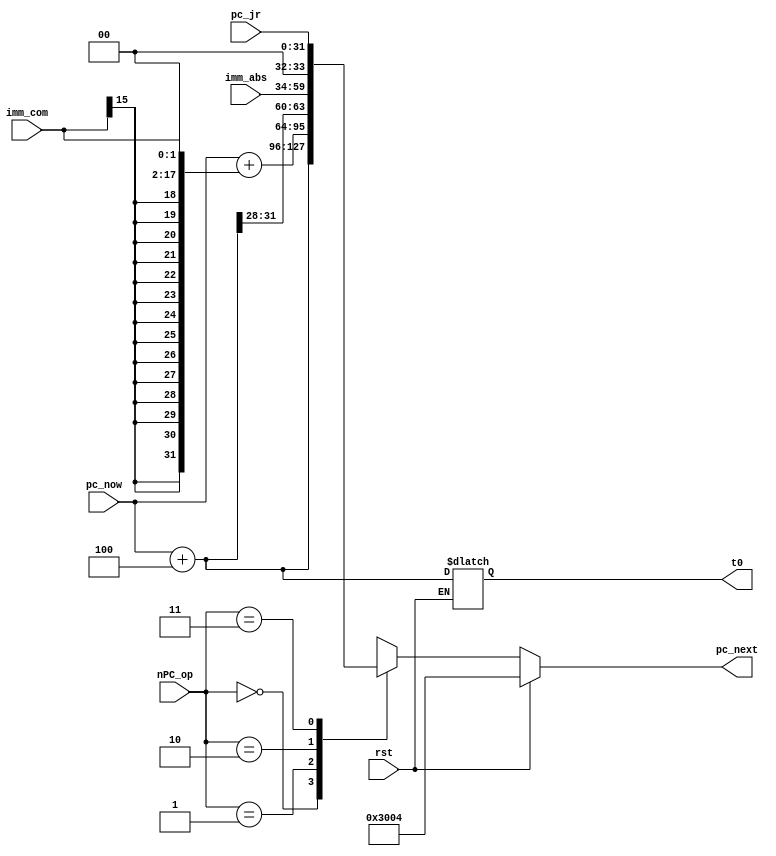
module nPc(
    input rst,
    input [1:0]nPC_op,
    input [31:0]pc_now,
    input [15:0]imm_com,     //
    input [25:0]imm_abs,     //
    input [31:0]pc_jr,       //rs

    output reg [31:0]t0,
    output reg [31:0] pc_next
);
    

    always@(*)
    begin
        if(rst) pc_next<=32'h0000_3004;
        else
        begin
            t0 = pc_now+4;
            case(nPC_op)
                2'b00 : pc_next <= pc_now + 4;
                2'b01 : pc_next <= pc_now + { {14{imm_com[15]}} , imm_com , 2'b00 };
                2'b10 : pc_next <= { t0[31:28] , imm_abs , 2'b00 };
                2'b11 : pc_next <= pc_jr;
            endcase 
        end
    end
endmodule